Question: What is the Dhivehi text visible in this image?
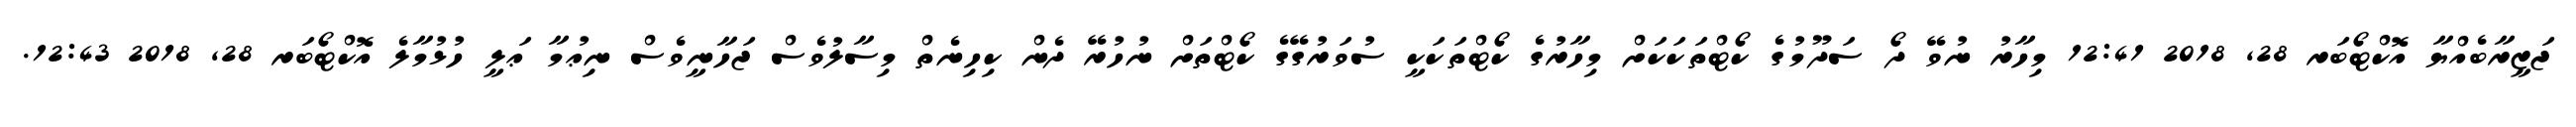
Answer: ޖަޒީރާބެއްޔާ އޮކްޓޯބަރ 28, 2018 12:41 މިހާރު ނުވޭ ދޯ ސަދޫމުގެ ކޯޓްތަކަކަށް މިހާރުގެ ކޯޓްތަކަކީ ސުވަރުގޭގެ ކޯޓްތަށް ނުހުރޭ ދެން ކިހިނެތް މިސާލުވެސް ޖަހާނީވެސް ނިޢުމާ ޢަލީ ހުޅުމާލެ އޮކްޓޯބަރ 28, 2018 12:43.